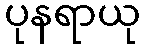
ပုနရာယု